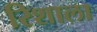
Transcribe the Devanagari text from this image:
रिशाला